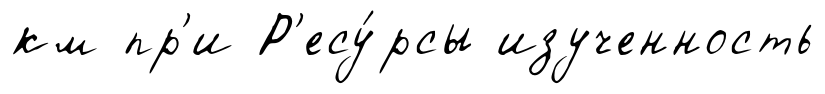
км пр'и Р'есу́рсы изученность